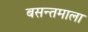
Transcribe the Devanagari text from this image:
बसन्तमाला